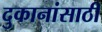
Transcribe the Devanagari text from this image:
दुकानांसाठी